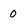
Character: 0